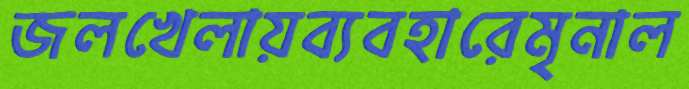
জলখেলায়ব্যবহারেমৃনাল